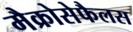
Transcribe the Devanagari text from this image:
मैक्रोसेफैलस